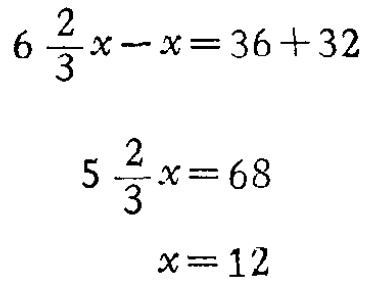
\[

\begin{align*}

6\frac{2}{3}x - x&=36 + 32\\

5\frac{2}{3}x&=68\\

x&=12

\end{align*}

\]